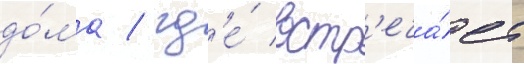
до́ма / гд'е́ встр'еча́ет